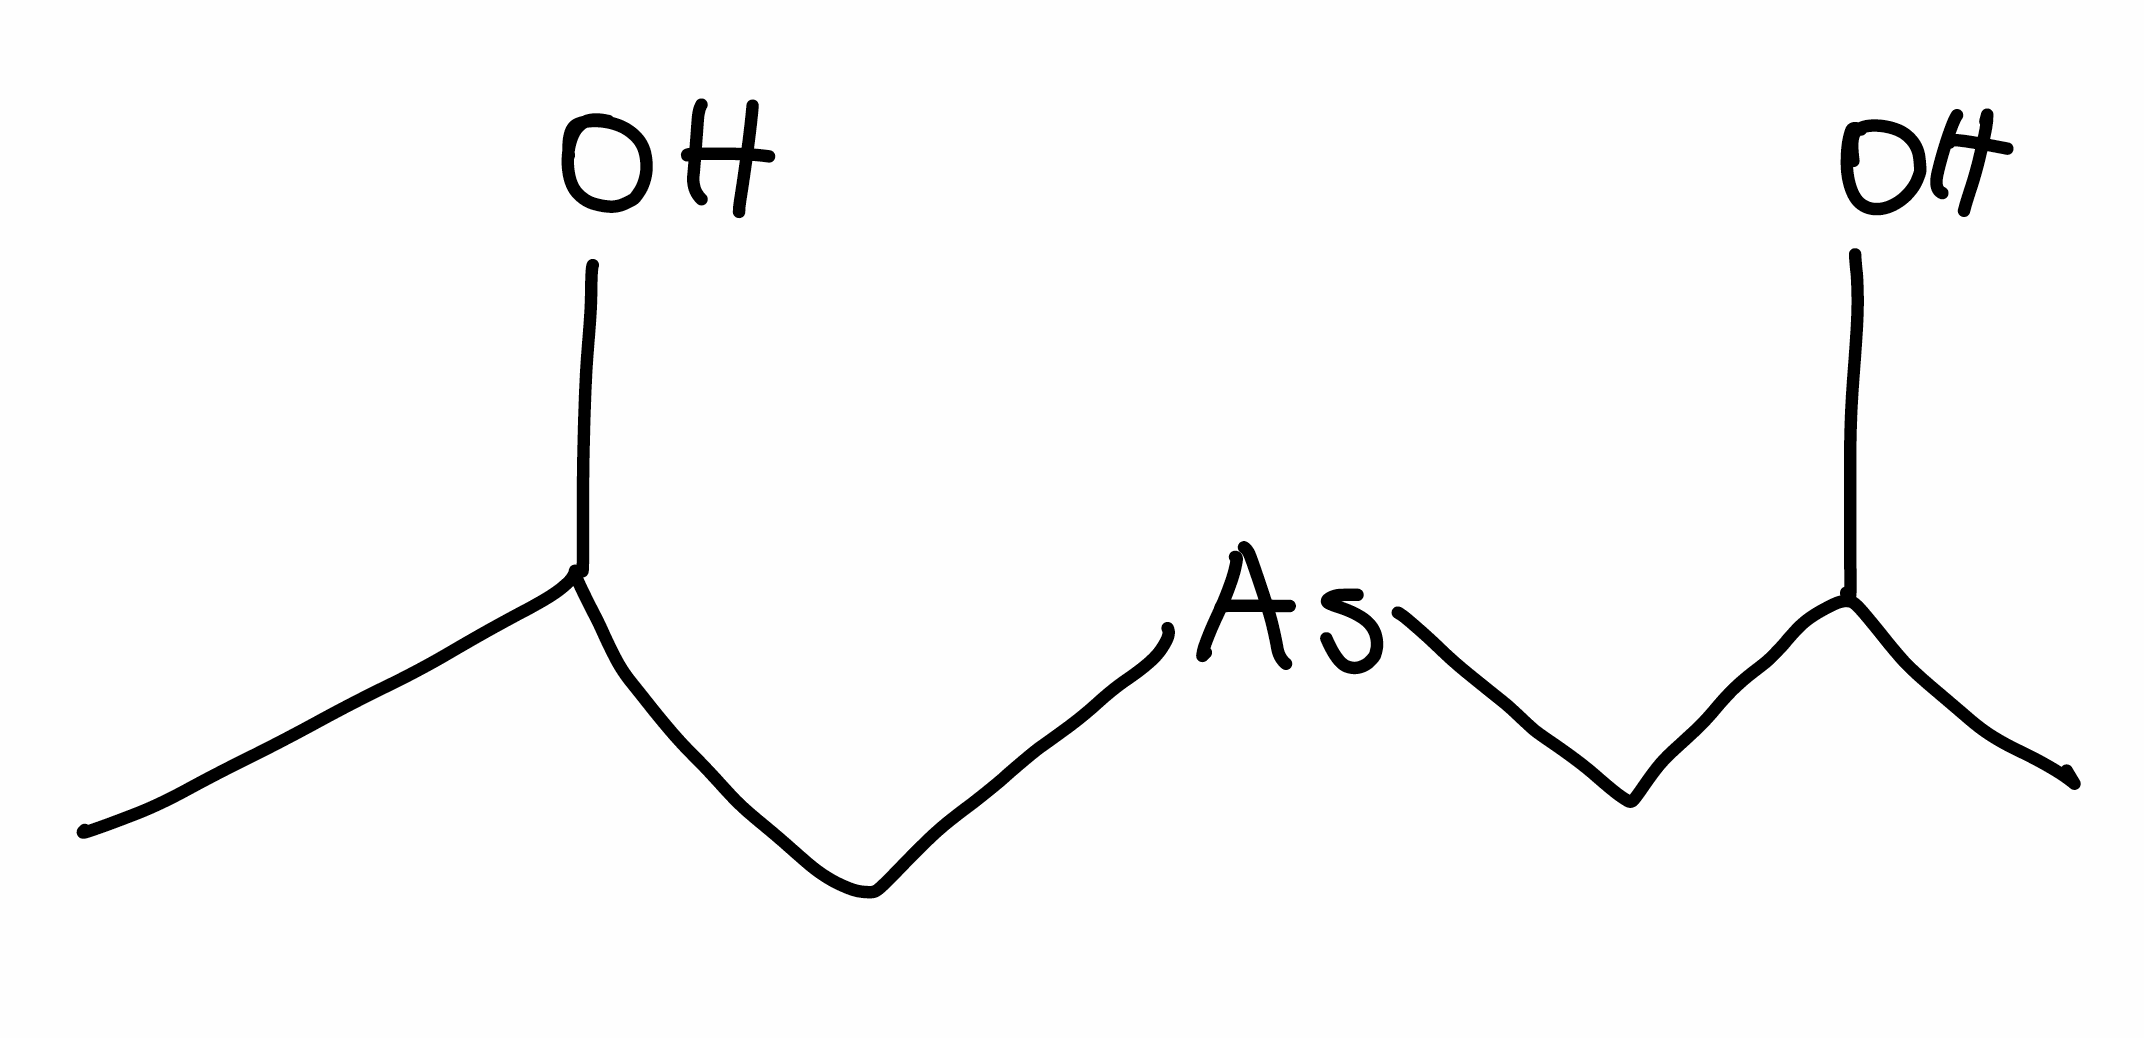
Simplified molecular-input line-entry system (SMILES) notation of the given molecule:
CC(C[As]CC(C)O)O